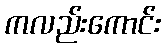
ကလည်းကောင်း